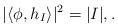
LaTeX: \begin{align*}\vert \langle \phi, h_I \rangle \vert ^2 = \vert I \vert, .\end{align*}